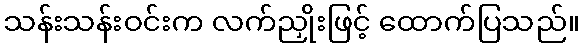
သန်းသန်းဝင်းက လက်ညှိုးဖြင့် ထောက်ပြသည်။